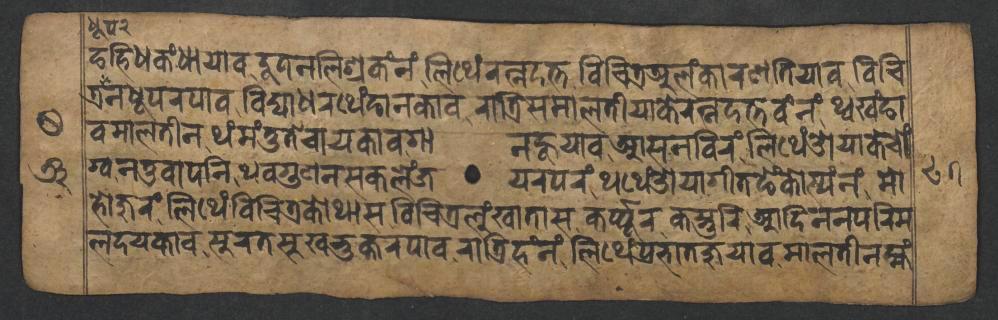
𑐒𑐴𑐶𑐢𑐎𑑄𑐢𑐵𑐫𑐵𑐰𑐡𑐹𑐟𑐣𑐮𑐶𑐱𑑂𑐬𑐎𑑄𑐣𑑄𑐮𑐶𑐠𑐾𑑄𑐬𑐟𑑂𑐣𑐡𑐟𑑂𑐟𑐰𑐶𑐔𑐶𑐟𑑂𑐬𑐀𑐮𑑄𑐎𑐵𑐬𑐞𑐟𑐶𑐫𑐵𑐰𑐰𑐶𑐔𑐶 𑐟𑑂𑐬𑐣𑐢𑐹𑐥𑐬𑐥𑐵𑐰𑐰𑐶𑐡𑑂𑐫𑐵𑐢𑐬𑐠𑐾𑑄𑐒𑐵𑐣𑐎𑐵𑐰𑐬𑐵𑐟𑑂𑐬𑐶𑐳𑐩𑐵𑐮𑐟𑐷𑐫𑐵𑐎𑐾𑐬𑐟𑑂𑐣𑐡𑐟𑑂𑐟𑐰𑑄𑐣𑑄𑐠𑑂𑐰𑐏𑑄𑐒𑐵 𑐰𑐩𑐵𑐮𑐟𑐷𑐣𑐠𑑄𑐩𑑄𑐟𑐸𑐟𑐾𑐔𑐵𑐫𑐎𑐵𑐰𑐐𑐵𑐣𑐴𑐹𑐫𑐵𑐰𑐁𑐳𑐣𑐧𑐶𑐬𑑄𑐮𑐶𑐠𑐾𑑄𑐌𑐫𑐵𑐎𑐾𑐔𑑀𑑄 𑐐𑑂𑐰𑐣𑐟𑐸𑐰𑐵𑐥𑐣𑐶𑐠𑐰𑐐𑐸𑐞𑐣𑐳𑐎𑐮𑐾𑑄𑐖𑐫𑐬𑐥𑐬𑑄𑐠𑐠𑐾𑑄𑐌𑐫𑐵𑐐𑐷𑐟𑐒𑐾𑑄𑐎𑑀𑐳𑑂𑐫𑑄𑐣𑑄𑐩𑑀 𑐴𑑀𑐖𑐸𑐬𑑄𑐮𑐶𑐠𑐾𑑄𑐰𑐶𑐔𑐶𑐟𑑂𑐬𑐎𑑀𑐠𑐵𑐳𑐰𑐶𑐔𑐶𑐟𑑂𑐬𑐮𑐸𑑄𑐏𑐵𑐟𑐵𑐳𑐎𑐬𑑂𑐥𑑂𑐥𑐹𑐬𑐎𑐳𑑂𑐟𑐸𑐬𑐶𑐁𑐡𑐶𑐣𑐣𑐥𑐬𑐶𑐩 𑐮𑐡𑐫𑐎𑐵𑐰𑐳𑐸𑐬𑐟𑐳𑐸𑐏𑐨𑐸𑐎𑑂𑐟𑐬𑐥𑐵𑐰𑐬𑐵𑐟𑑂𑐬𑐶𑐴𑑄𑐣𑑄𑐮𑐶𑐠𑐾𑑄𑐥𑑂𑐬𑐨𑐵𑐟𑐖𑐸𑐫𑐵𑐰𑐩𑐵𑐮𑐟𑐷𑐣𑐩𑑂𑐴𑑄